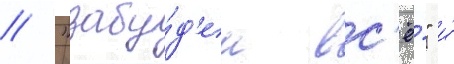
/ "забу́д'ем вс'ё́" и́